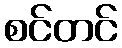
စင်တင်